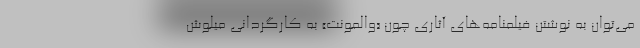
می‌توان به نوشتن فیلمنامه‌های آثاری چون «والمونت» به کارگردانی میلوش